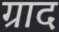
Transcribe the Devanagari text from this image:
ग्राद